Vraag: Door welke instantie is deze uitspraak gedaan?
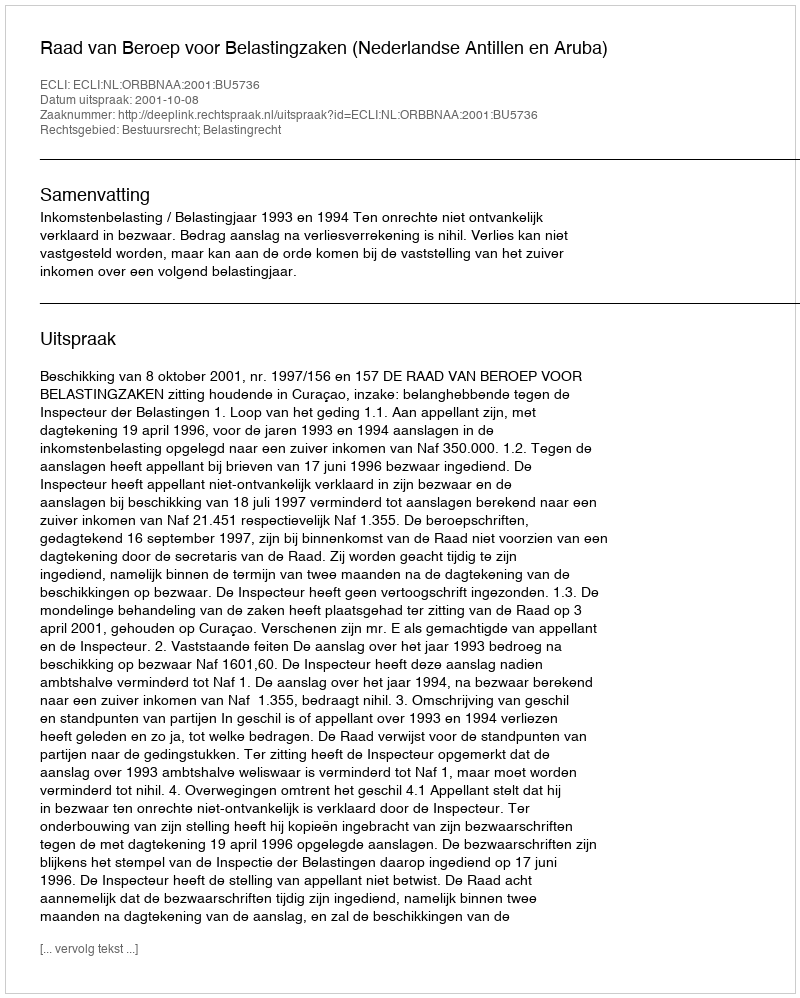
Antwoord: Raad van Beroep voor Belastingzaken (Nederlandse Antillen en Aruba)